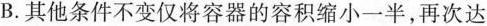
B. 其他条件不变仅将容器的容积缩小一半，再次达